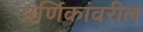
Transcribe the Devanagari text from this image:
पर्णिकांवरील